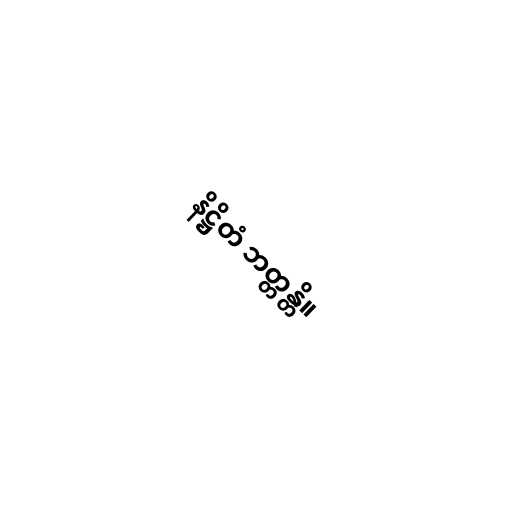
နိဋ္ဌိတံ ဘတ္တန္တိ။